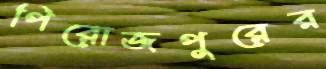
পিরোজপুরের